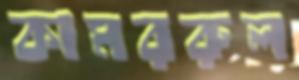
কামররুল